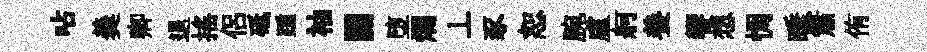
呫羮卿退搖侣砥踵袖關堕爛丄豕恕腕盧舸養響想惆睡簫侑